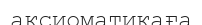
аксиоматикаға